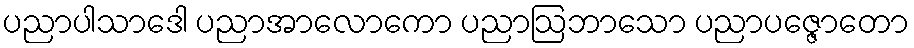
ပညာပါသာဒေါ ပညာအာလောကော ပညာဩဘာသော ပညာပဇ္ဇောတော